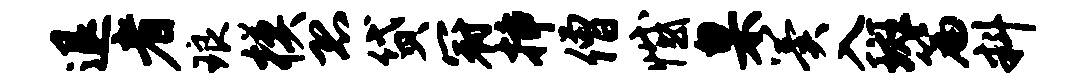
退者琅模恐贷冠插僧憾臬翼入斑篇料